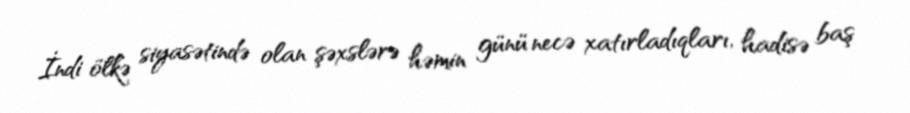
İndi ölkə siyasətində olan şəxslərə həmin günü necə xatırladıqları, hadisə baş